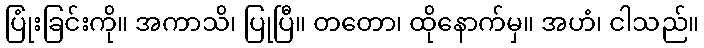
ပြုံးခြင်းကို။ အကာသိ၊ ပြုပြီ။ တတော၊ ထိုနောက်မှ။ အဟံ၊ ငါသည်။